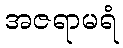
အဇရာမရံ